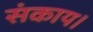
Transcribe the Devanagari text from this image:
संकाय।